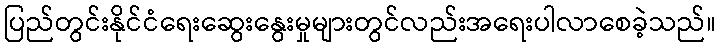
ပြည်တွင်းနိုင်ငံရေးဆွေးနွေးမှုများတွင်လည်းအရေးပါလာစေခဲ့သည်။